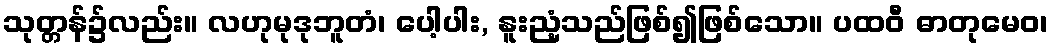
သုတ္တန်၌လည်း။ လဟုမုဒုဘူတံ၊ ပေါ့ပါး, နူးညံ့သည်ဖြစ်၍ဖြစ်သော။ ပထဝီ ဓာတုမေဝ၊